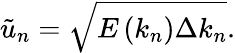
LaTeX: \tilde{u}_{n}=\sqrt{E\left(k_{n}\right)\Delta k_{n}}.